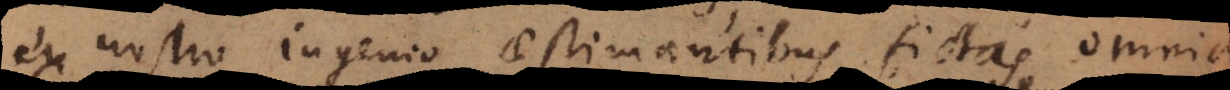
ex nostro ingenio aestimantibus fictas, omnia